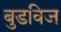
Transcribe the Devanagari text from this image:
बुडविज